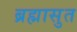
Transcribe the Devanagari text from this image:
ब्रह्मासुत